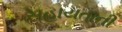
સહાયતાની